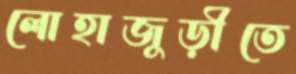
লোহাজুড়ীতে